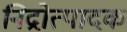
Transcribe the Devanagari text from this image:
निद्रोत्पादक